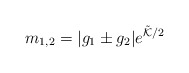
\begin{align*}m_{1,2}= |g_1 \pm g_2 | e^{\tilde{\cal K}/2}\end{align*}